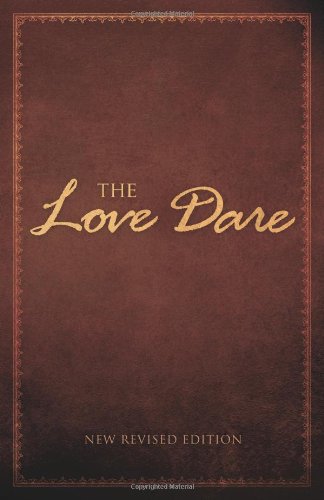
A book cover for The Love Dare; Alex Kendrick; Reference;